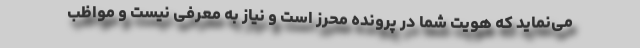
می‌نماید که هویت شما در پرونده محرز است و نیاز به معرفی نیست و مواظب